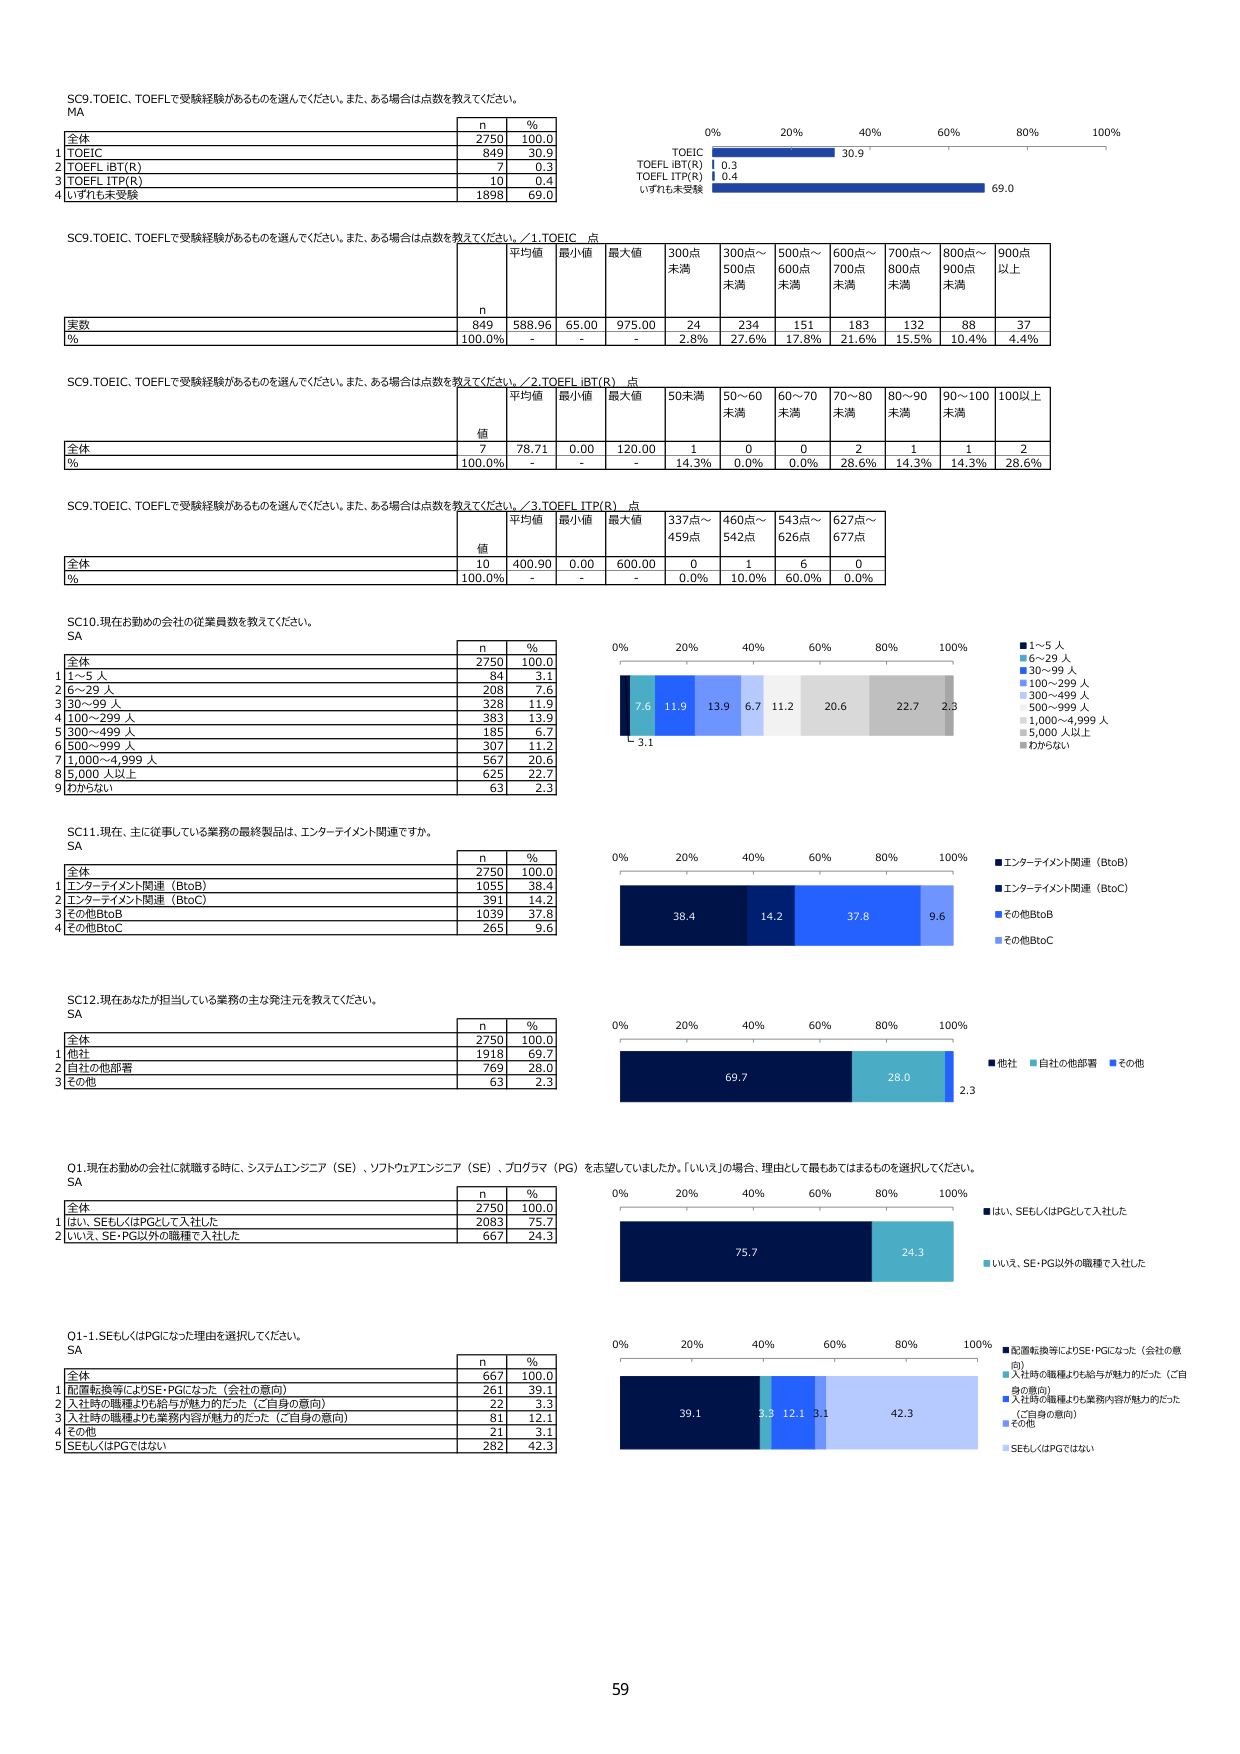
SC9. TOEIC、TOEFLで受験経験があるものを選んでください。また、ある場合は点数を教えてください。
MA

n     %
全体     2750    100.0
1 TOEIC     849    30.9
2 TOEFL iBT(R)     7    0.3
3 TOEFL ITP(R)     10    0.4
4 いずれも未受験     1898    69.0

TOEIC     30.9
TOEFL iBT(R)     0.3
TOEFL ITP(R)     0.4
いずれも未受験     69.0

0%     20%     40%     60%     80%     100%

SC9. TOEIC、TOEFLで受験経験があるものを選んでください。また、ある場合は点数を教えてください。／1. TOEIC 点

平均値     最小値     最大値     300点未満     300点～500点未満     500点～600点未満     600点～700点未満     700点～800点未満     800点～900点未満     900点以上

n     849     588.96     65.00     975.00     24     234     151     183     132     88     37
%     100.0%     -     -     -     2.8%     27.6%     17.8%     21.6%     15.5%     10.4%     4.4%

SC9. TOEIC、TOEFLで受験経験があるものを選んでください。また、ある場合は点数を教えてください。／2. TOEFL iBT(R) 点

平均値     最小値     最大値     50未満     50～60未満     60～70未満     70～80未満     80～90未満     90～100未満     100以上

値     7     78.71     0.00     120.00     1     0     0     2     1     1     2
%     100.0%     -     -     -     14.3%     0.0%     0.0%     28.6%     14.3%     14.3%     28.6%

SC9. TOEIC、TOEFLで受験経験があるものを選んでください。また、ある場合は点数を教えてください。／3. TOEFL ITP(R) 点

平均値     最小値     最大値     337点～459点     460点～542点     543点～626点     627点～677点

値     10     400.90     0.00     600.00     0     1     6     0
%     100.0%     -     -     -     0.0%     10.0%     60.0%     0.0%

SC10. 現在お勤めの会社の従業員数を教えてください。
SA

n     %
全体     2750    100.0
1 1～5 人     84    3.1
2 6～29 人     208    7.6
3 30～99 人     328    11.9
4 100～299 人     383    13.9
5 300～499 人     195    6.7
6 500～999 人     307    11.2
7 1,000～4,999 人     567    20.6
8 5,000 人以上     625    22.7
9 わからない     63    2.3

0%     20%     40%     60%     80%     100%

■ 1～5 人
■ 6～29 人
■ 30～99 人
■ 100～299 人
■ 300～499 人
■ 500～999 人
■ 1,000～4,999 人
■ 5,000 人以上
■ わからない

7.6     11.9     13.9     6.7     11.2     20.6     22.7     2.3
3.1

SC11. 現在、主に従事している業務の最終製品は、エンターテイメント関連ですか。
SA

n     %
全体     2750    100.0
1 エンターテイメント関連（BtoB）     1055    38.4
2 エンターテイメント関連（BtoC）     391    14.2
3 その他BtoB     1039    37.8
4 その他BtoC     265    9.6

0%     20%     40%     60%     80%     100%

■ エンターテイメント関連（BtoB）
■ エンターテイメント関連（BtoC）
■ その他BtoB
■ その他BtoC

38.4     14.2     37.8     9.6

SC12. 現在あなたが担当している業務の主な発注元を教えてください。
SA

n     %
全体     2750    100.0
1 他社     1918    69.7
2 自社の他部署     769    28.0
3 その他     63    2.3

0%     20%     40%     60%     80%     100%

■ 他社
■ 自社の他部署
■ その他

69.7     28.0     2.3

Q1. 現在お勤めの会社に就職する時に、システムエンジニア（SE）、ソフトウェアエンジニア（SE）、プログラマ（PG）を志望していましたか。「いいえ」の場合、理由として最もあてはまるものを選択してください。
SA

n     %
全体     2750    100.0
1 はい、SEもしくはPGとして入社した     2083    75.7
2 いいえ、SE・PG以外の職種で入社した     667    24.3

0%     20%     40%     60%     80%     100%

■ はい、SEもしくはPGとして入社した
■ いいえ、SE・PG以外の職種で入社した

75.7     24.3

Q1-1. SEもしくはPGになった理由を選択してください。
SA

n     %
全体     667    100.0
1 配置転換等によりSE・PGになった（会社の意向）     261    39.1
2 入社時の職種よりも給与が魅力的だった（ご自身の意向）     22    3.3
3 入社時の職種よりも業務内容が魅力的だった（ご自身の意向）     81    12.1
4 その他     21    3.1
5 SEもしくはPGではない     282    42.3

0%     20%     40%     60%     80%     100%

■ 配置転換等によりSE・PGになった（会社の意向）
■ 入社時の職種よりも給与が魅力的だった（ご自身の意向）
■ 入社時の職種よりも業務内容が魅力的だった（ご自身の意向）
■ その他
■ SEもしくはPGではない

39.1     3.3     12.1     3.1     42.3

59